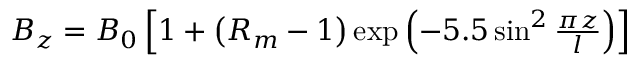
\begin{array} { r } { B _ { z } = B _ { 0 } \left[ 1 + \left( R _ { m } - 1 \right) \exp \left( - 5 . 5 \sin ^ { 2 } \frac { \pi z } { l } \right) \right] } \end{array}